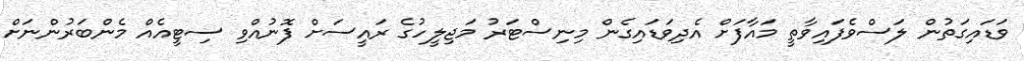
ވަޑައިގަތުން ލަސްވެފައިވާތީ މައާފަށް އެދިވަޑައިގެން މިނިސްޓަރު މަޖިލީހުގެ ރައީސަށް ފޮނުއްވި ސިޓީއެއް މެންބަރުންނަށް